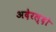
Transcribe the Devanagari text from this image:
अदेरल्दो